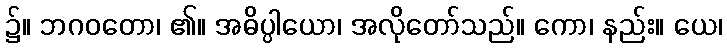
၌။ ဘဂဝတော၊ ၏။ အဓိပ္ပါယော၊ အလိုတော်သည်။ ကော၊ နည်း။ ယေ၊